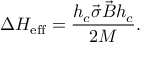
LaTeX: \Delta H _ { \mathrm { e f f } } = \frac { h _ { c } \vec { \sigma } \vec { B } h _ { c } } { 2 M } .